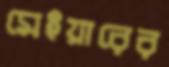
মেইয়ারের